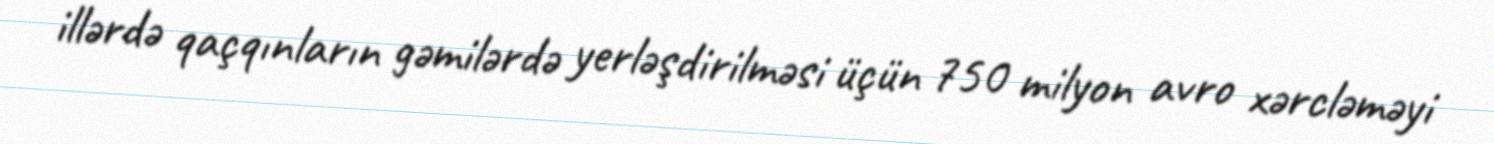
illərdə qaçqınların gəmilərdə yerləşdirilməsi üçün 750 milyon avro xərcləməyi